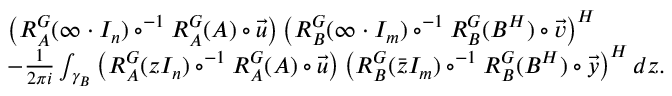
\begin{array} { r l } & { \left( R _ { A } ^ { G } ( \infty \cdot I _ { n } ) \circ ^ { - 1 } R _ { A } ^ { G } ( A ) \circ \vec { u } \right) \left( R _ { B } ^ { G } ( \infty \cdot I _ { m } ) \circ ^ { - 1 } R _ { B } ^ { G } ( B ^ { H } ) \circ \vec { v } \right) ^ { H } } \\ & { - \frac { 1 } { 2 \pi i } \int _ { \gamma _ { B } } \left( R _ { A } ^ { G } ( z I _ { n } ) \circ ^ { - 1 } R _ { A } ^ { G } ( A ) \circ \vec { u } \right) \left( R _ { B } ^ { G } ( \bar { z } I _ { m } ) \circ ^ { - 1 } R _ { B } ^ { G } ( B ^ { H } ) \circ \vec { y } \right) ^ { H } d z . } \end{array}